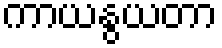
ကာယနွယတာ